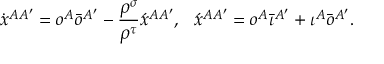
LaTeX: \dot { x } ^ { A A ^ { \prime } } = o ^ { A } \bar { o } ^ { A ^ { \prime } } - \frac { \rho ^ { \sigma } } { \rho ^ { \tau } } \acute { x } ^ { A A ^ { \prime } } , \, \, \, \, \acute { x } ^ { A A ^ { \prime } } = o ^ { A } \bar { \iota } ^ { A ^ { \prime } } + \iota ^ { A } \bar { o } ^ { A ^ { \prime } } .